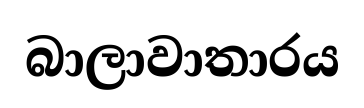
බාලාවාතාරය